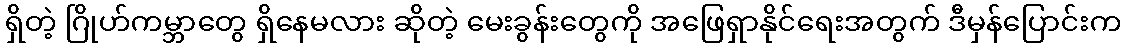
ရှိတဲ့ ဂြိုဟ်ကမ္ဘာတွေ ရှိနေမလား ဆိုတဲ့ မေးခွန်းတွေကို အဖြေရှာနိုင်ရေးအတွက် ဒီမှန်ပြောင်းက